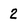
Character: 2